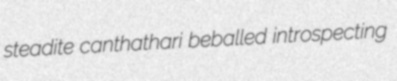
steadite canthathari beballed introspecting